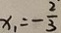
x _ { 1 } = - \frac { 2 } { 3 }